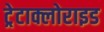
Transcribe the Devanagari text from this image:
ट्रेटाक्लोराइड